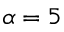
\alpha = 5